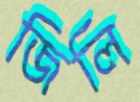
জিলি